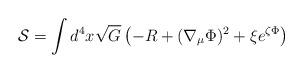
LaTeX: \begin{align*}{\cal S}=\int d^4 x \sqrt{G} \left(-R + (\nabla _\mu \Phi )^2 + \xi e^{\zeta \Phi}\right)\end{align*}